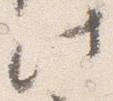
此